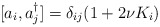
\begin{align*}[ a_i, a_j^{\dagger} ] = \delta_{ij} ( 1 + 2 \nu K_i )\end{align*}